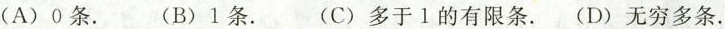
（A）0条.（B）1条.（C）多于1的有限条.(D)无穷多条.